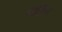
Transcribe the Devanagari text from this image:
निर्दिश्ट